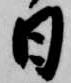
日